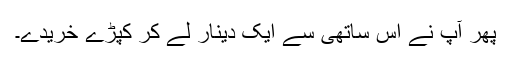
پھر آپ نے اس ساتھی سے ایک دینار لے کر کپڑے خریدے۔